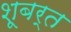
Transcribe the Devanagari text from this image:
शूबर्त